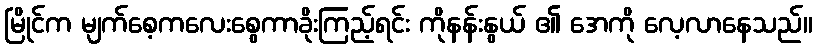
မြိုင်က မျက်စေ့ကလေးစွေကာခိုးကြည့်ရင်း ကိုနန်းနွယ် ၏ အေကို လေ့လာနေသည်။